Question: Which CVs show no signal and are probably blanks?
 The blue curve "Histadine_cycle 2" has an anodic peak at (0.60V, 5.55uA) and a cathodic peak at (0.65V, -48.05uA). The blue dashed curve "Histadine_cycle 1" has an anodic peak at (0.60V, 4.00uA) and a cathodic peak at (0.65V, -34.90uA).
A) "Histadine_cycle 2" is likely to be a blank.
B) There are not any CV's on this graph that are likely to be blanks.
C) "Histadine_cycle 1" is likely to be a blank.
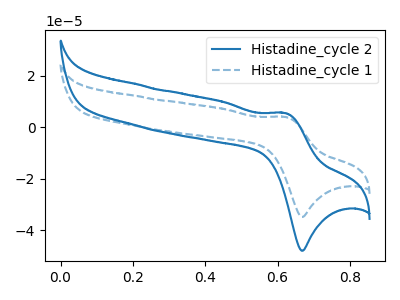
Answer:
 <answer>B) There are not any CV's on this graph that are likely to be blanks.</answer>
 <eval>B</eval>